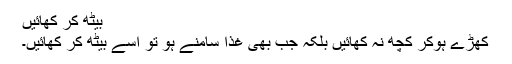
بیٹھ کر کھائیں
کھڑے ہوکر کچھ نہ کھائیں بلکہ جب بھی غذا سامنے ہو تو اسے بیٹھ کر کھائیں۔